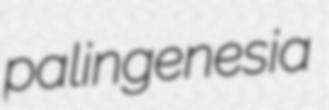
palingenesia